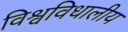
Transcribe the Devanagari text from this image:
विश्वविधालीय